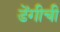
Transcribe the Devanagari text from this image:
डेंगीची